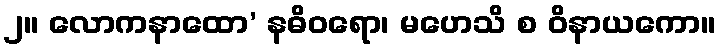
၂။ လောကနာထော’ နဓိဝရော၊ မဟေသိ စ ဝိနာယကော။